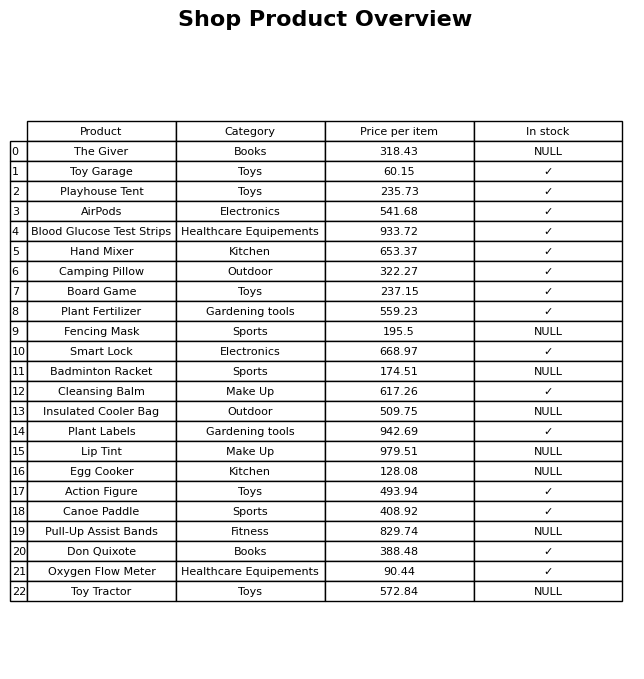
question: What is the price for Cleansing Balm?
answer: The price of Cleansing Balm is 617.26.